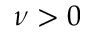
\nu > 0